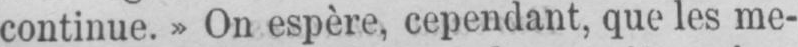
continue.» On espère, cependant, que les me-